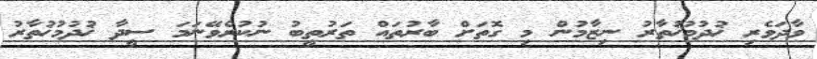
ވާދަވެރި ޚުދުމުޚުތާރު ނިޒާމުން މި ގޮތަށް ބާރުތައް ތަރުތީބު ނުކުރެވޭނަމަ ސީދާ ޚުދުމުޚުތާރު